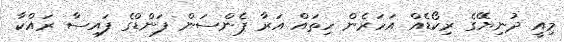
މިއީ ދުނިޔޭގެ ރިކޯޑެއް އަހަރެން ހިތައް އަރާ ޕެންސަން ފަންޑްގެ ފައިސާ ރައްކާ